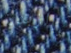
بالزبدة